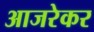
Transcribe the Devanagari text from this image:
आजरेकर